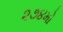
૨૭૪મો